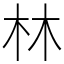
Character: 林